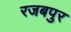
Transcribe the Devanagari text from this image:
रजबपुर